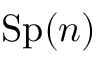
\mathrm { S p } ( n )